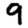
Digit: 9